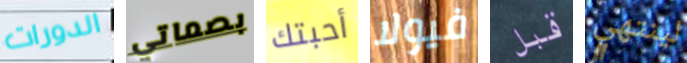
الدورات بصماتي أحبتك فيولا قبل لينتهي